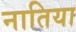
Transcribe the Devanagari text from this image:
नातिया